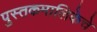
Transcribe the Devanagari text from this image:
पुस्तकमालिकेचे